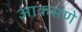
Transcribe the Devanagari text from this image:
आकसणे